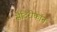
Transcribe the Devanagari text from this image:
सैटिरीकॉन